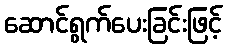
ဆောင်ရွက်ပေးခြင်းဖြင့်